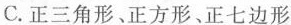
C.正三角形、正方形、正七边形